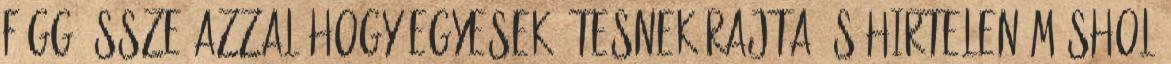
függ össze azzal hogy egyesek átesnek rajta,és hirtelen máshol